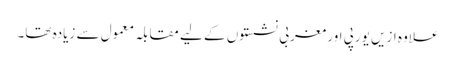
علاوہ ازیں یورپی اور مغربی نشستوں کے لیے مقابلہ معمول سے زیادہ تھا۔